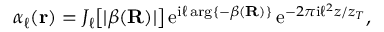
\begin{array} { r } { \alpha _ { \ell } ( { \bf r } ) = J _ { \ell } \big [ | \beta ( { \bf R } ) | \big ] \, \mathrm { e } ^ { \mathrm { i } \ell \, \mathrm { a r g } \{ - \beta ( { \bf R } ) \} } \, \mathrm { e } ^ { - 2 \pi \mathrm { i } \ell ^ { 2 } z / z _ { T } } , } \end{array}